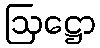
ဩဋ္ဌော